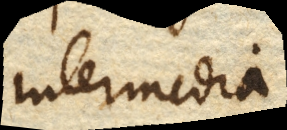
intermedia.